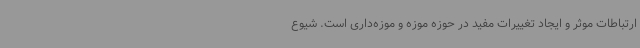
ارتباطات موثر و ایجاد تغییرات مفید در حوزه موزه و موزه‌داری است. شیوع